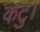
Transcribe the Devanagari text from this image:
कटु।